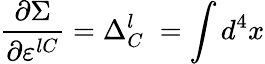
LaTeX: \frac{\partial\Sigma}{\partial\varepsilon^{lC}}=\Delta_{C}^{l}\; =\int d^{4}x